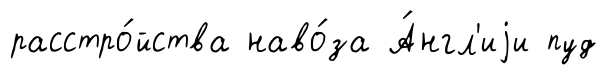
расстро́йства наво́за А́нгл'иjи пуд